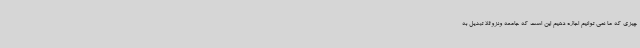
چیزی که ما نمی توانیم اجازه دهیم این است که جامعه ونزوئلا تبدیل به